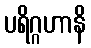
ပရိဂ္ဂဟာနိ